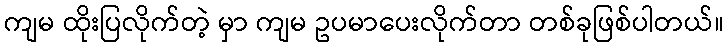
ကျမ ထိုးပြလိုက်တဲ့ မှာ ကျမ ဥပမာပေးလိုက်တာ တစ်ခုဖြစ်ပါတယ်။